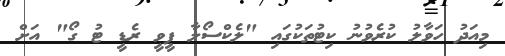
މިއަދު ހަވާލު ކުރެވުނު ކިޓުތަކުގައި "ލެކްސޯލާ ޕީވީ ރެޑީ ޓު ގޯ" އަށް